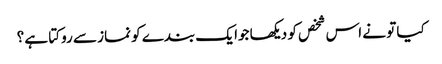
کیا تو نے اس شخص کو دیکھا جوا یک بندے کو نماز سے روکتا ہے ؟